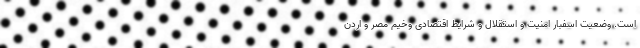
است. وضعیت اسفبار امنیت و استقلال و شرایط اقتصادی وخیم مصر و اردن